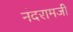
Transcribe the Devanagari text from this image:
नंदरामजी